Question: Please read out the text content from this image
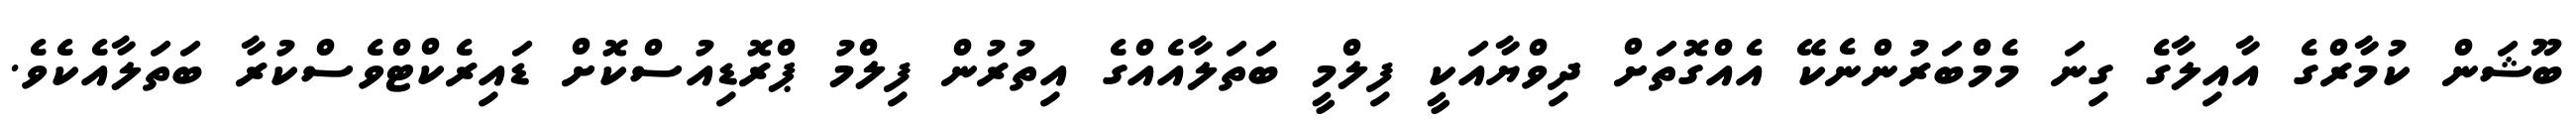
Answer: ބޫޝަން ކުމާރްގެ އާއިލާގެ ގިނަ މެމްބަރުންނެކޭ އެއްގޮތަށް ދިވްޔާއަކީ ފިލްމީ ބަތަލާއެއްގެ އިތުރުން ފިލްމު ޕްރޮޑިއުސްކޮށް ޑައިރެކްޓްވެސްކުރާ ބަތަލާއެކެވެ.